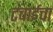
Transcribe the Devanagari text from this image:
टंचाईचा